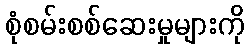
စုံစမ်းစစ်ဆေးမှုများကို